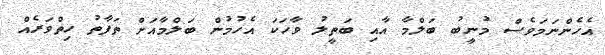
އެހެންނަމަވެސް މުނީބު ބަލްމާ އާއި ބަތީލު ވާހަކަ އެހުމުން ބަލްމާއަށް ތަފާތު ހިތްވަރެއް